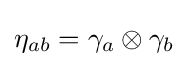
\eta _{ab}=\gamma _{a}\otimes \gamma _{b}